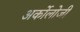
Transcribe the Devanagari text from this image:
अर्कोलोजी